Riigikantselei, lk 22
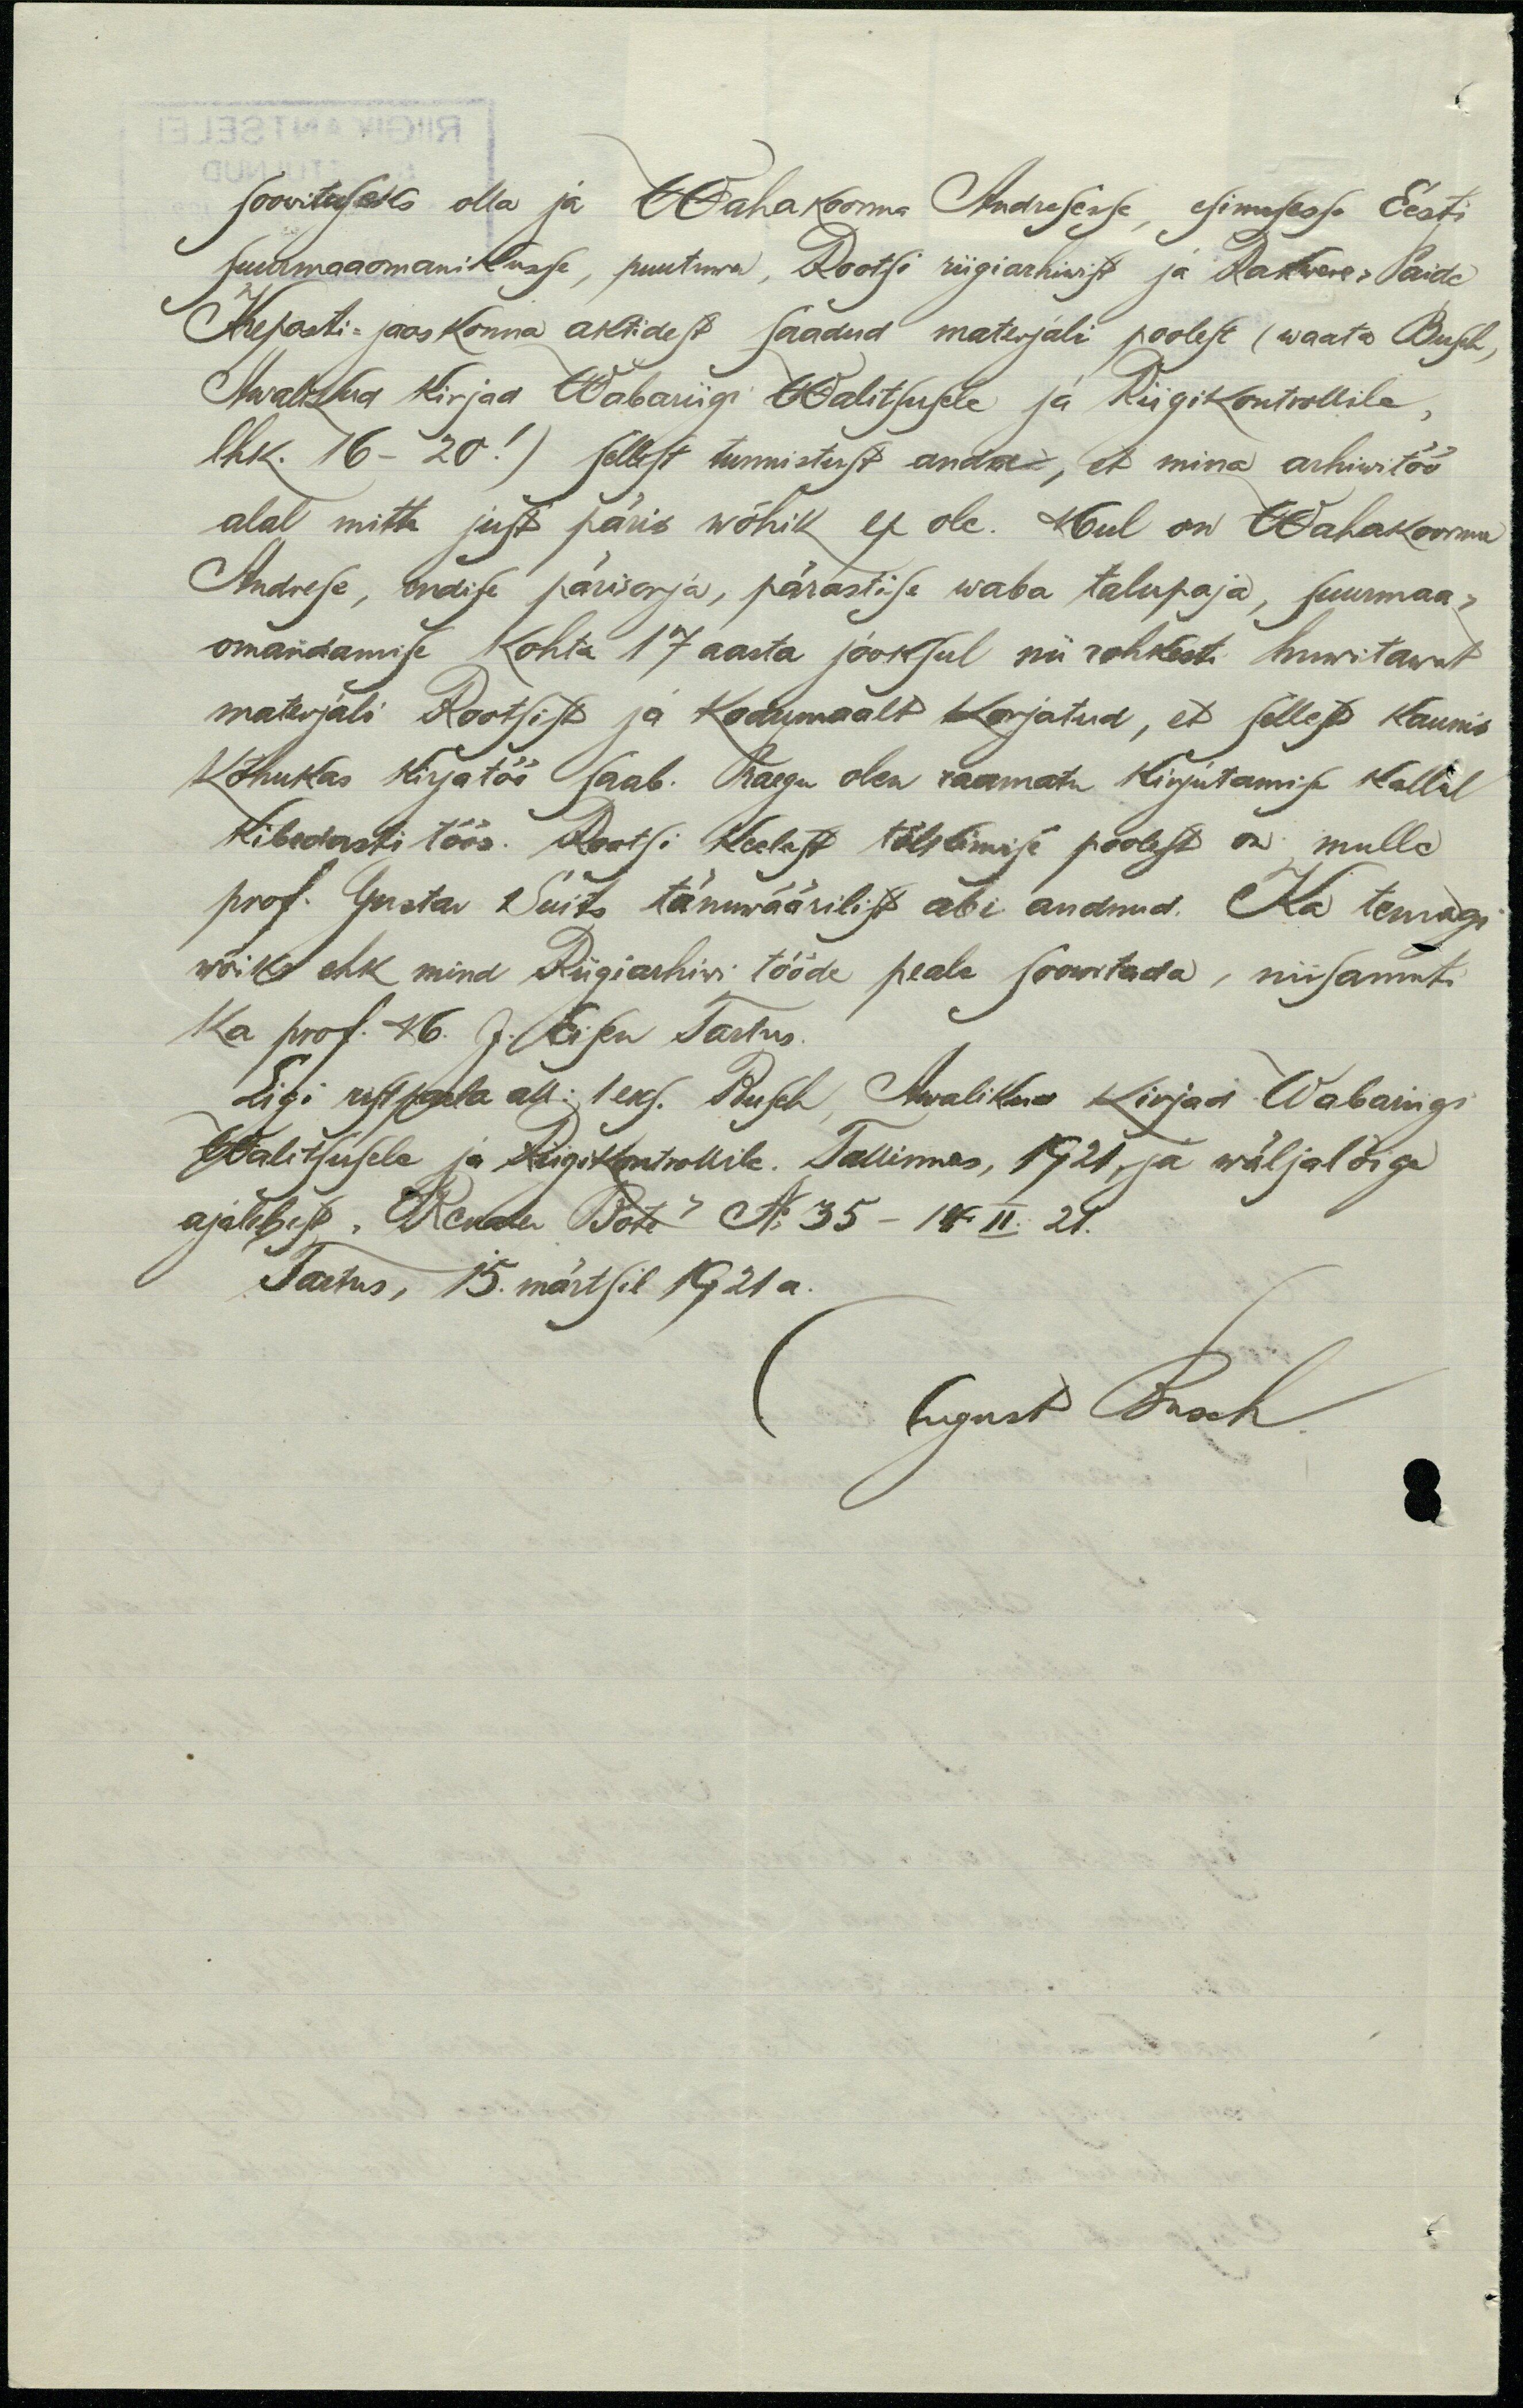
soovituseks olla ja Wahakoorma Andresse, esimesse Eesti
suurmaaomanikusse, puutuwa, Rootsi riigiarhiwist ja Rakwere-Paide
Kreposti-jaoskonna aktidest saadud materjali poolest (waata Busch,
Awalikud kirjad Wabariigi Walitsusele ja Riigikontrollile,
lhk. 16-20! ) sellest tunnistust andas, et mina arhiwitöö
alal mitte just päris wõhik ei ole. Weel on Wahakoorma
Andrese, endise pärisorja, pärastise waba talupoja, suurmaa-
omandamise kohta 17 aasta jooksul nii rohkesti huwitawat
materjali Rootsist ja kodumaalt korjatud, et sellest kaunis
kõhukas kirjatöö saab. Praegu olen raamatu kirjutamise kallal
kibedasti töös. Rootsi keelest tõlkimise poolest on mulle
prof. Gustav Suits tänuwäärilist abi andnud. Ka temagi
wõiks ehk mind Riigiarhiwi tööde peale soowitada, niisamuti
ka prof. M. J. Eisen Tartus.
Ligi rist selle all: "1eks. Busch, Awalikud Kirjad Wabariigi
Walitsusele ja Riigikontrollile Tallinnas, 1921, ja wäljalõige
ajalehest "Revaler Bote" No 35 - 14. II. 21.
Tartus, 15. märtsil 1921 a.
August Busch